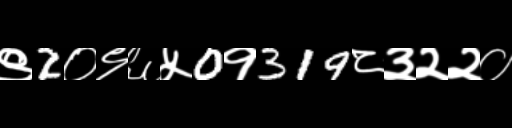
Text: ९2०९६५0१319८३२२०